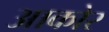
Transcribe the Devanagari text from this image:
आकोर